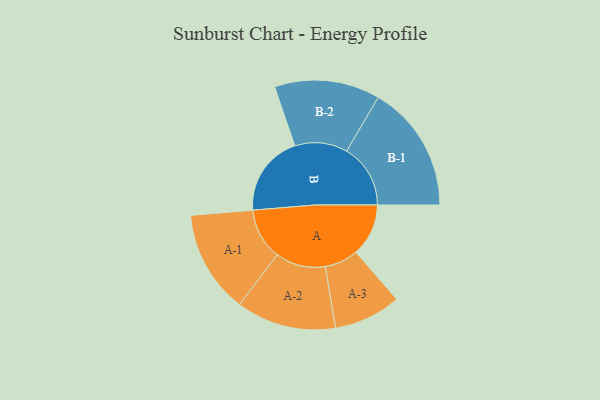
{"axis": {"x": "Segment", "y": "Value"}, "legend": ["", "A", "B"], "data": [{"x": "A", "y": 247, "type": ""}, {"x": "B", "y": 382, "type": ""}, {"x": "A-1", "y": 242, "type": "A"}, {"x": "A-2", "y": 235, "type": "A"}, {"x": "A-3", "y": 158, "type": "A"}, {"x": "B-1", "y": 300, "type": "B"}, {"x": "B-2", "y": 248, "type": "B"}]}